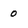
Character: 0